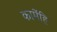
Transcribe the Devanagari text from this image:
कामेंहि